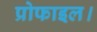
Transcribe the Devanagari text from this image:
प्रोफाइल।